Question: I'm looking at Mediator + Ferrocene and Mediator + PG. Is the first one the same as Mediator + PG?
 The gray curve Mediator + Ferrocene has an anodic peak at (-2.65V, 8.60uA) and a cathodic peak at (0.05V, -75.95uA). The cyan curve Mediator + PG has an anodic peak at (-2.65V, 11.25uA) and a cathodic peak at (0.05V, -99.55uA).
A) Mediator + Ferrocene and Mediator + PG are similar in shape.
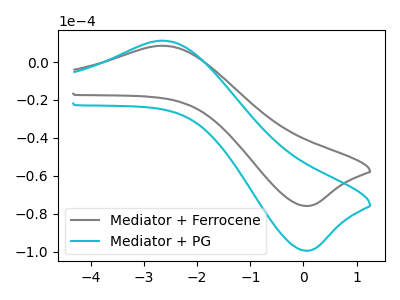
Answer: <think>All the peaks in "Mediator + Ferrocene" have a peak in "Mediator + PG" at the same potential. Every peak in "Mediator + Ferrocene" is lower than every peak in "Mediator + PG".
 </think>
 <answer>A) "Mediator + Ferrocene" and "Mediator + PG" are similar in shape.</answer>
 <eval>A</eval>